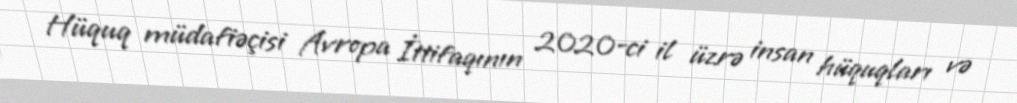
Hüquq müdafiəçisi Avropa İttifaqının 2020-ci il üzrə insan hüquqları və